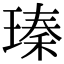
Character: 瑧